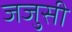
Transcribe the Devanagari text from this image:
जजुसी